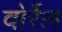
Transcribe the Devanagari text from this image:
वोर्रेल